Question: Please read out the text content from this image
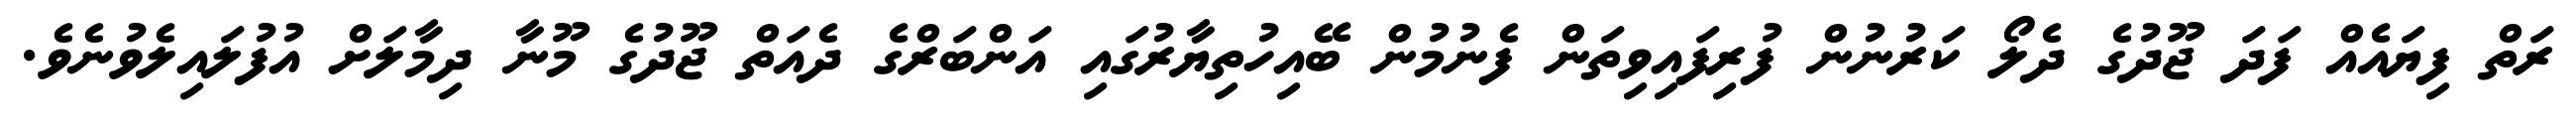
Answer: ރަތް ފިޔައެއް ފަދަ ޖޫދުގެ ދެލޯ ކަރުނުން ފުރިފައިވިތަން ފެނުމުން ބޭއިހުތިޔާރުގައި އަންބަރްގެ ދެއަތް ޖޫދުގެ މޫނާ ދިމާލަށް އުފުލައިލެވުނެވެ.